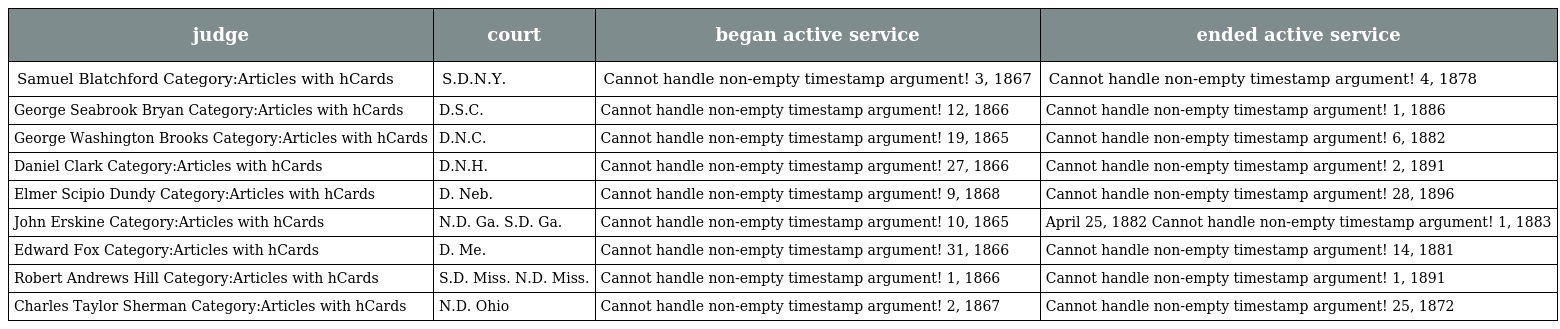
| judge | court | began active service | ended active service |
 | --- | --- | --- | --- |
 | Samuel Blatchford Category:Articles with hCards | S.D.N.Y. | Cannot handle non-empty timestamp argument! 3, 1867 | Cannot handle non-empty timestamp argument! 4, 1878 |
 | George Seabrook Bryan Category:Articles with hCards | D.S.C. | Cannot handle non-empty timestamp argument! 12, 1866 | Cannot handle non-empty timestamp argument! 1, 1886 |
 | George Washington Brooks Category:Articles with hCards | D.N.C. | Cannot handle non-empty timestamp argument! 19, 1865 | Cannot handle non-empty timestamp argument! 6, 1882 |
 | Daniel Clark Category:Articles with hCards | D.N.H. | Cannot handle non-empty timestamp argument! 27, 1866 | Cannot handle non-empty timestamp argument! 2, 1891 |
 | Elmer Scipio Dundy Category:Articles with hCards | D. Neb. | Cannot handle non-empty timestamp argument! 9, 1868 | Cannot handle non-empty timestamp argument! 28, 1896 |
 | John Erskine Category:Articles with hCards | N.D. Ga. S.D. Ga. | Cannot handle non-empty timestamp argument! 10, 1865 | April 25, 1882 Cannot handle non-empty timestamp argument! 1, 1883 |
 | Edward Fox Category:Articles with hCards | D. Me. | Cannot handle non-empty timestamp argument! 31, 1866 | Cannot handle non-empty timestamp argument! 14, 1881 |
 | Robert Andrews Hill Category:Articles with hCards | S.D. Miss. N.D. Miss. | Cannot handle non-empty timestamp argument! 1, 1866 | Cannot handle non-empty timestamp argument! 1, 1891 |
 | Charles Taylor Sherman Category:Articles with hCards | N.D. Ohio | Cannot handle non-empty timestamp argument! 2, 1867 | Cannot handle non-empty timestamp argument! 25, 1872 |